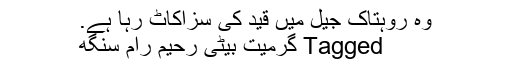
وہ روہتاک جیل میں قید کی سزاکاٹ رہا ہے.
Tagged گرمیت بیٹی رحیم رام سنگھ